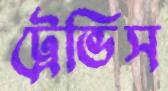
ট্রেভিস